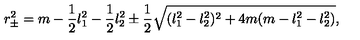
r _ { \pm } ^ { 2 } = m - { \frac { 1 } { 2 } } l _ { 1 } ^ { 2 } - { \frac { 1 } { 2 } } l _ { 2 } ^ { 2 } \pm { \frac { 1 } { 2 } } \sqrt { ( l _ { 1 } ^ { 2 } - l _ { 2 } ^ { 2 } ) ^ { 2 } + 4 m ( m - l _ { 1 } ^ { 2 } - l _ { 2 } ^ { 2 } ) } ,